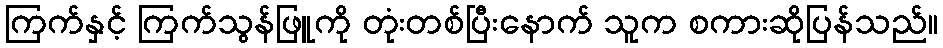
ကြက်နှင့် ကြက်သွန်ဖြူကို တုံးတစ်ပြီးနောက် သူက စကားဆိုပြန်သည်။